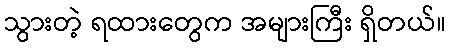
သွားတဲ့ ရထားတွေက အများကြီး ရှိတယ်။